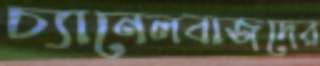
চ্যানেলবাজদের